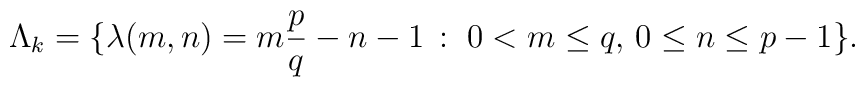
\Lambda_{k}=\{\lambda(m,n)=m\frac{p}{q}-n-1\, :\;0<m\leq q,\,0\leq n\leq p-1\}.